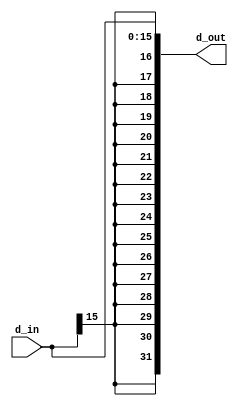
module sign_ext (d_in, d_out);
  input [15:0] d_in;
  output [31:0] d_out;
  
  assign d_out = {{16{d_in[15]}}, d_in};
  
endmodule